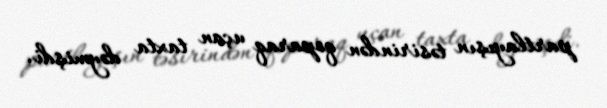
partlayışın təsirindən qoparaq uçan taxta dəymişdi.